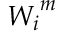
{ W _ { i } } ^ { m }